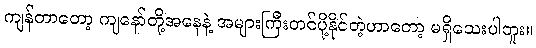
ကျန်တာတော့ ကျနော်တို့အနေနဲ့ အများကြီးတင်ပို့နိုင်တဲ့ဟာတော့ မရှိသေးပါဘူး။